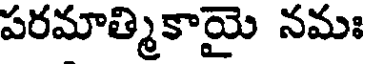
పరమాత్మికాయై నమః